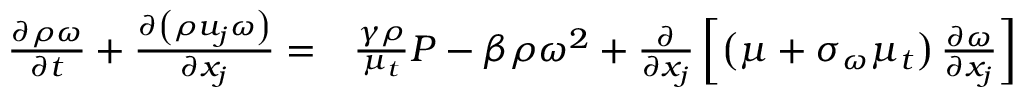
\begin{array} { r l } { \frac { { \partial \rho \omega } } { { \partial t } } + \frac { { \partial \left( { \rho { u _ { j } } \omega } \right) } } { { \partial { x _ { j } } } } = } & { { } \frac { { \gamma \rho } } { { { \mu _ { t } } } } P - \beta \rho { \omega ^ { 2 } } + \frac { \partial } { { \partial { x _ { j } } } } \left[ { \left( { \mu + { \sigma _ { \omega } } { \mu _ { t } } } \right) \frac { { \partial \omega } } { { \partial { x _ { j } } } } } \right] } \end{array}